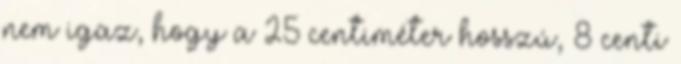
nem igaz, hogy a 25 centiméter hosszú, 8 centi